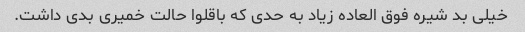
خیلی بد شیره فوق العاده زیاد به حدی که باقلوا حالت خمیری بدی داشت.